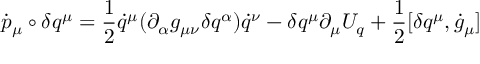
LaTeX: \dot { p } _ { \mu } \circ \delta q ^ { \mu } = \frac { 1 } { 2 } \dot { q } ^ { \mu } ( \partial _ { \alpha } g _ { \mu \nu } \delta q ^ { \alpha } ) \dot { q } ^ { \nu } - \delta q ^ { \mu } \partial _ { \mu } U _ { q } + \frac { 1 } { 2 } [ \delta q ^ { \mu } , \dot { g } _ { \mu } ]